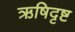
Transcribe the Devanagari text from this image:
ऋषिदृष्ट